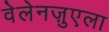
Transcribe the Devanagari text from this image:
वेलेनज़ुएला